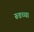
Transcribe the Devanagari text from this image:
रूडच्या